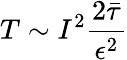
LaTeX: T\sim I^{2}\frac{2\bar{\tau}}{\epsilon^{2}}